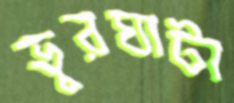
ভুরঘাটা